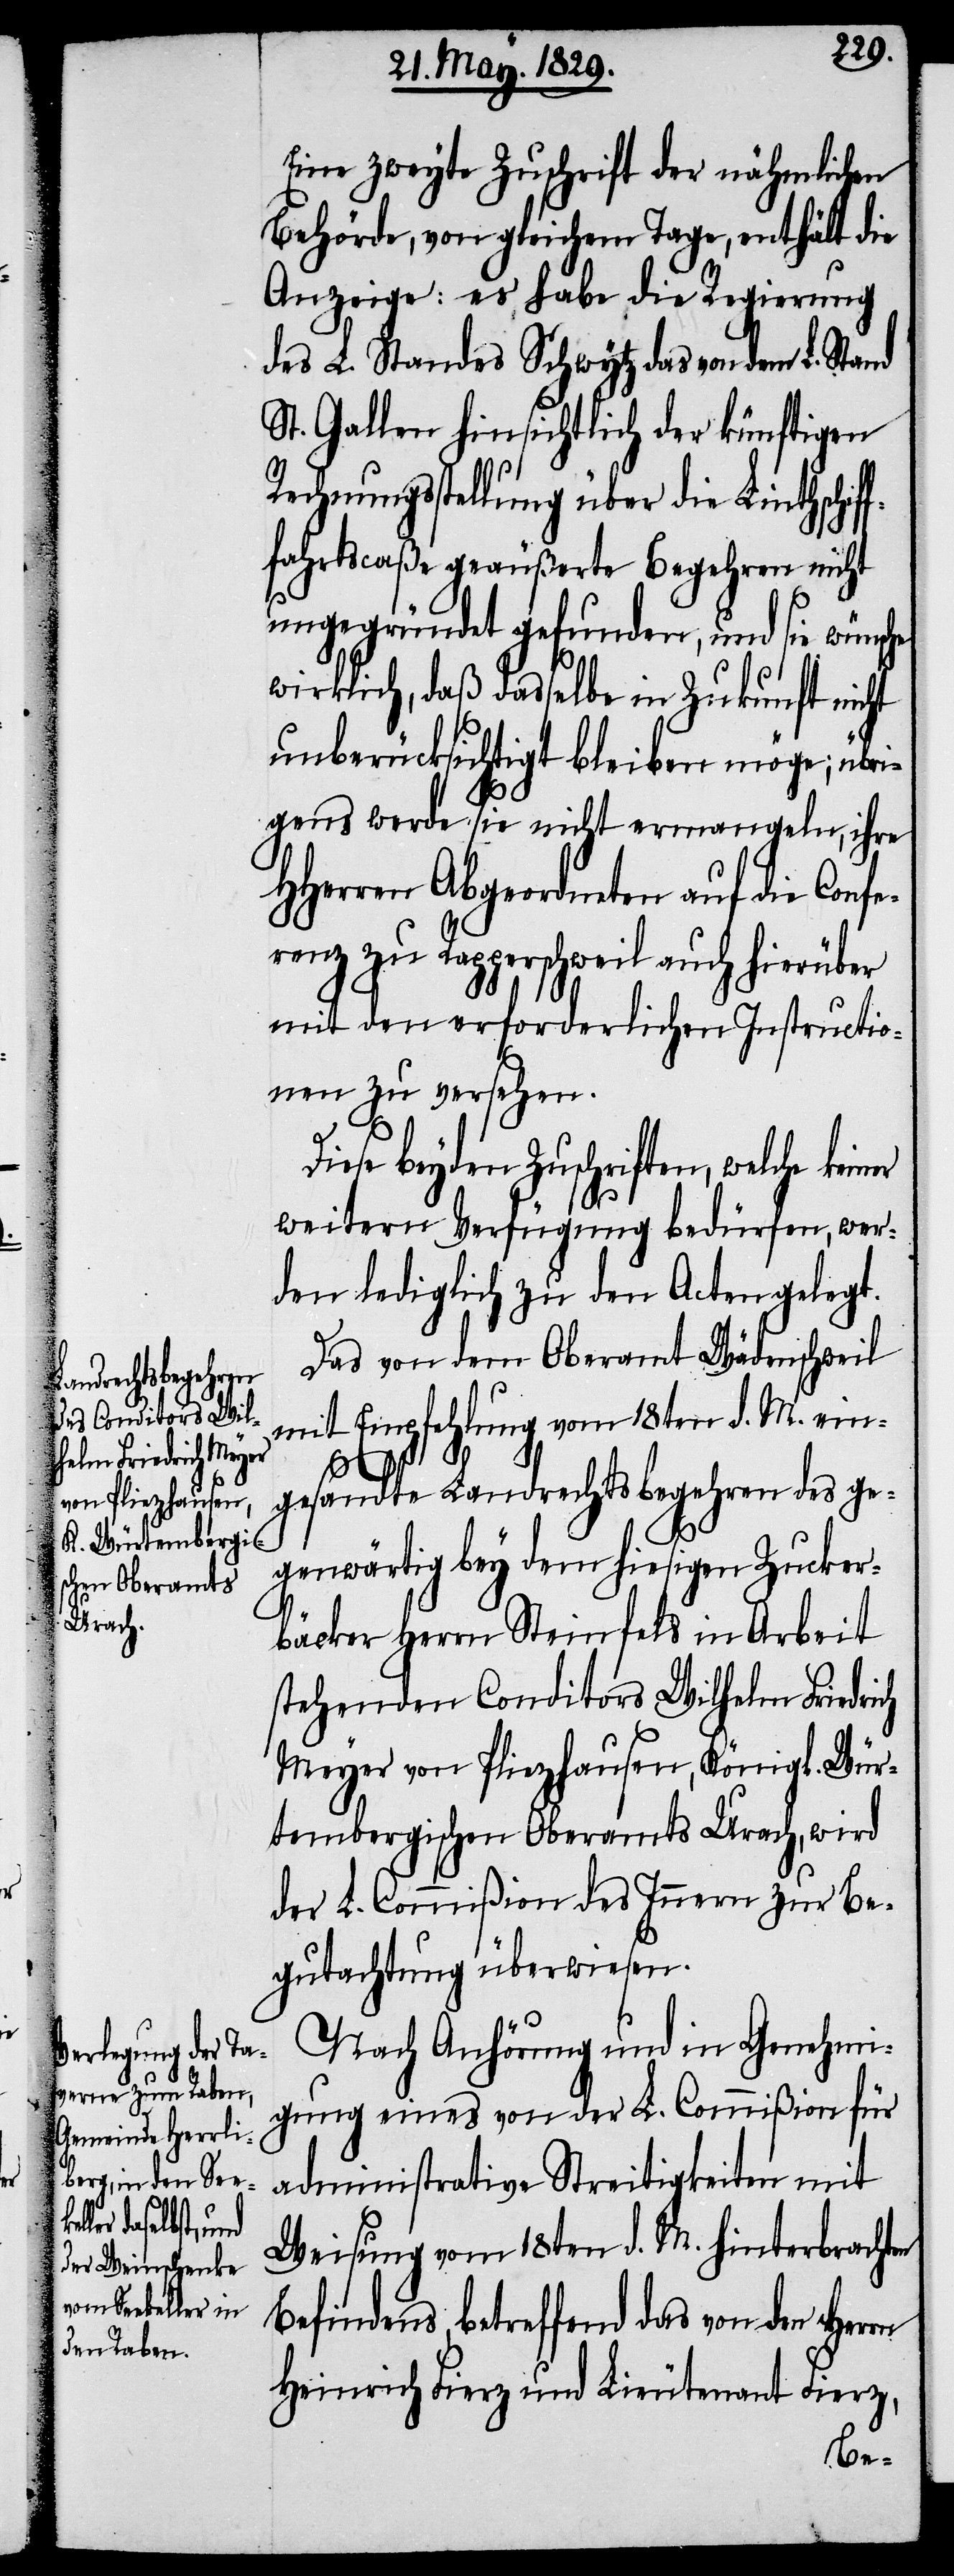
Eine zweyte Zuschrift der nähmlichen
Behörden, von gleichem Tage, enthält die
Anzeige: es habe die Regierung
des L. Standes Schwytz das von dem L. Stand
St. Gallen hinsichtlich der künftigen
Rechnungsstellung über die Linthschif¬
fahrtscaße geäußerte Begehren nicht
ungegründet gefunden, und sie wünsche
wirklich, daß dasselbe in Zukunft nicht
unberücksichtigt bleiben möge; übri¬
gens werde sie nicht ermangeln, ihre
HHerren Abgeordneten auf die Conf¬
erenz zu Rapperschweil auch hierüber
mit den erforderlichen Instructio¬
nen zu versehen.
Diese beyden Zuschriften, welche kein¬
weitern Verfügung bedürfen, wer¬
den lediglich zu den Acten gelegt.
Das von dem Oberamt Wädenschweil
mit Empfehlung vom 18ten d. M. ein¬
gesandte Landrechtsbegehren des ge¬
genwärtig bey dem hiesigen Zucker¬
er
bäcker Herrn Steinfels in Arbeit
stehenden Conditors Wilhelm Friedrich
Meyer von Pliezhausen, Königl. Wür¬
tembergischen Oberamts Urach, wird
der L. Commißion des Innern zur Be¬
gutachtung überwiesen.
Nach Anhörung und in Genehmi¬
gung eines von der L. Commißion für
administrative Streitigkeiten mit
Weisung vom 18ten d. M. hinterbrachten
Befindens, betreffend das von den Herrn
Heinrich Fierz und Lieutenant Fierz,